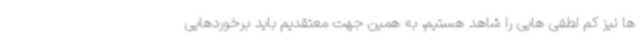
ها نیز کم لطفی هایی را شاهد هستیم، به همین جهت معتقدیم باید برخوردهایی